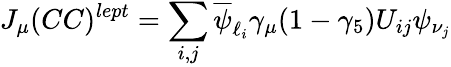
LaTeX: J_{\mu}(CC)^{lept}=\sum_{i,j}\overline{{{\psi}}}_{\ell_{i}}\gamma_{\mu}(1-\gamma_{5})U_{ij}\psi_{\nu_{j}}